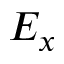
E _ { x }